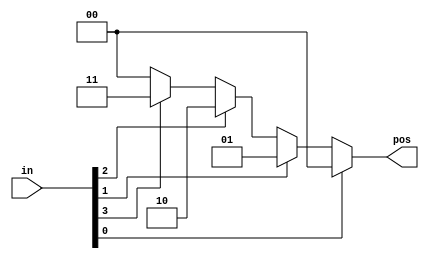
/*
A priority encoder is a combinational circuit that, 
when given an input bit vector, outputs the position 
of the first 1 bit in the vector. For example, 
a 8-bit priority encoder given the input 8'b10010000 
would output 3'd4, because bit[4] is first bit that is high.

Build a 4-bit priority encoder. For this problem, 
if none of the input bits are high (i.e., input is zero), 
output zero. Note that a 4-bit number has 16 possible combinations.

*/

module top_module (
    input [3:0] in,
    output reg [1:0] pos  );
    always@* begin
        if(in[0])
            pos = 2'b00;
            else if (in[1]) 
                pos = 2'b01;
                else if (in[2]) 
                    pos = 2'b10;
                    else if (in[3]) 
                        pos = 2'b11;
                        else
                            pos = 2'b00;
            end
endmodule


//v2